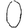
Digit: 0